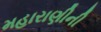
મહારાણીની